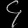
Digit: ၄